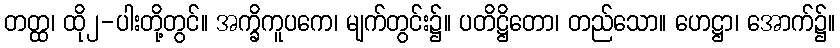
တတ္ထ၊ ထို၂-ပါးတို့တွင်။ အက္ခိကူပကေ၊ မျက်တွင်း၌။ ပတိဋ္ဌိတော၊ တည်သော။ ဟေဋ္ဌာ၊ အောက်၌။